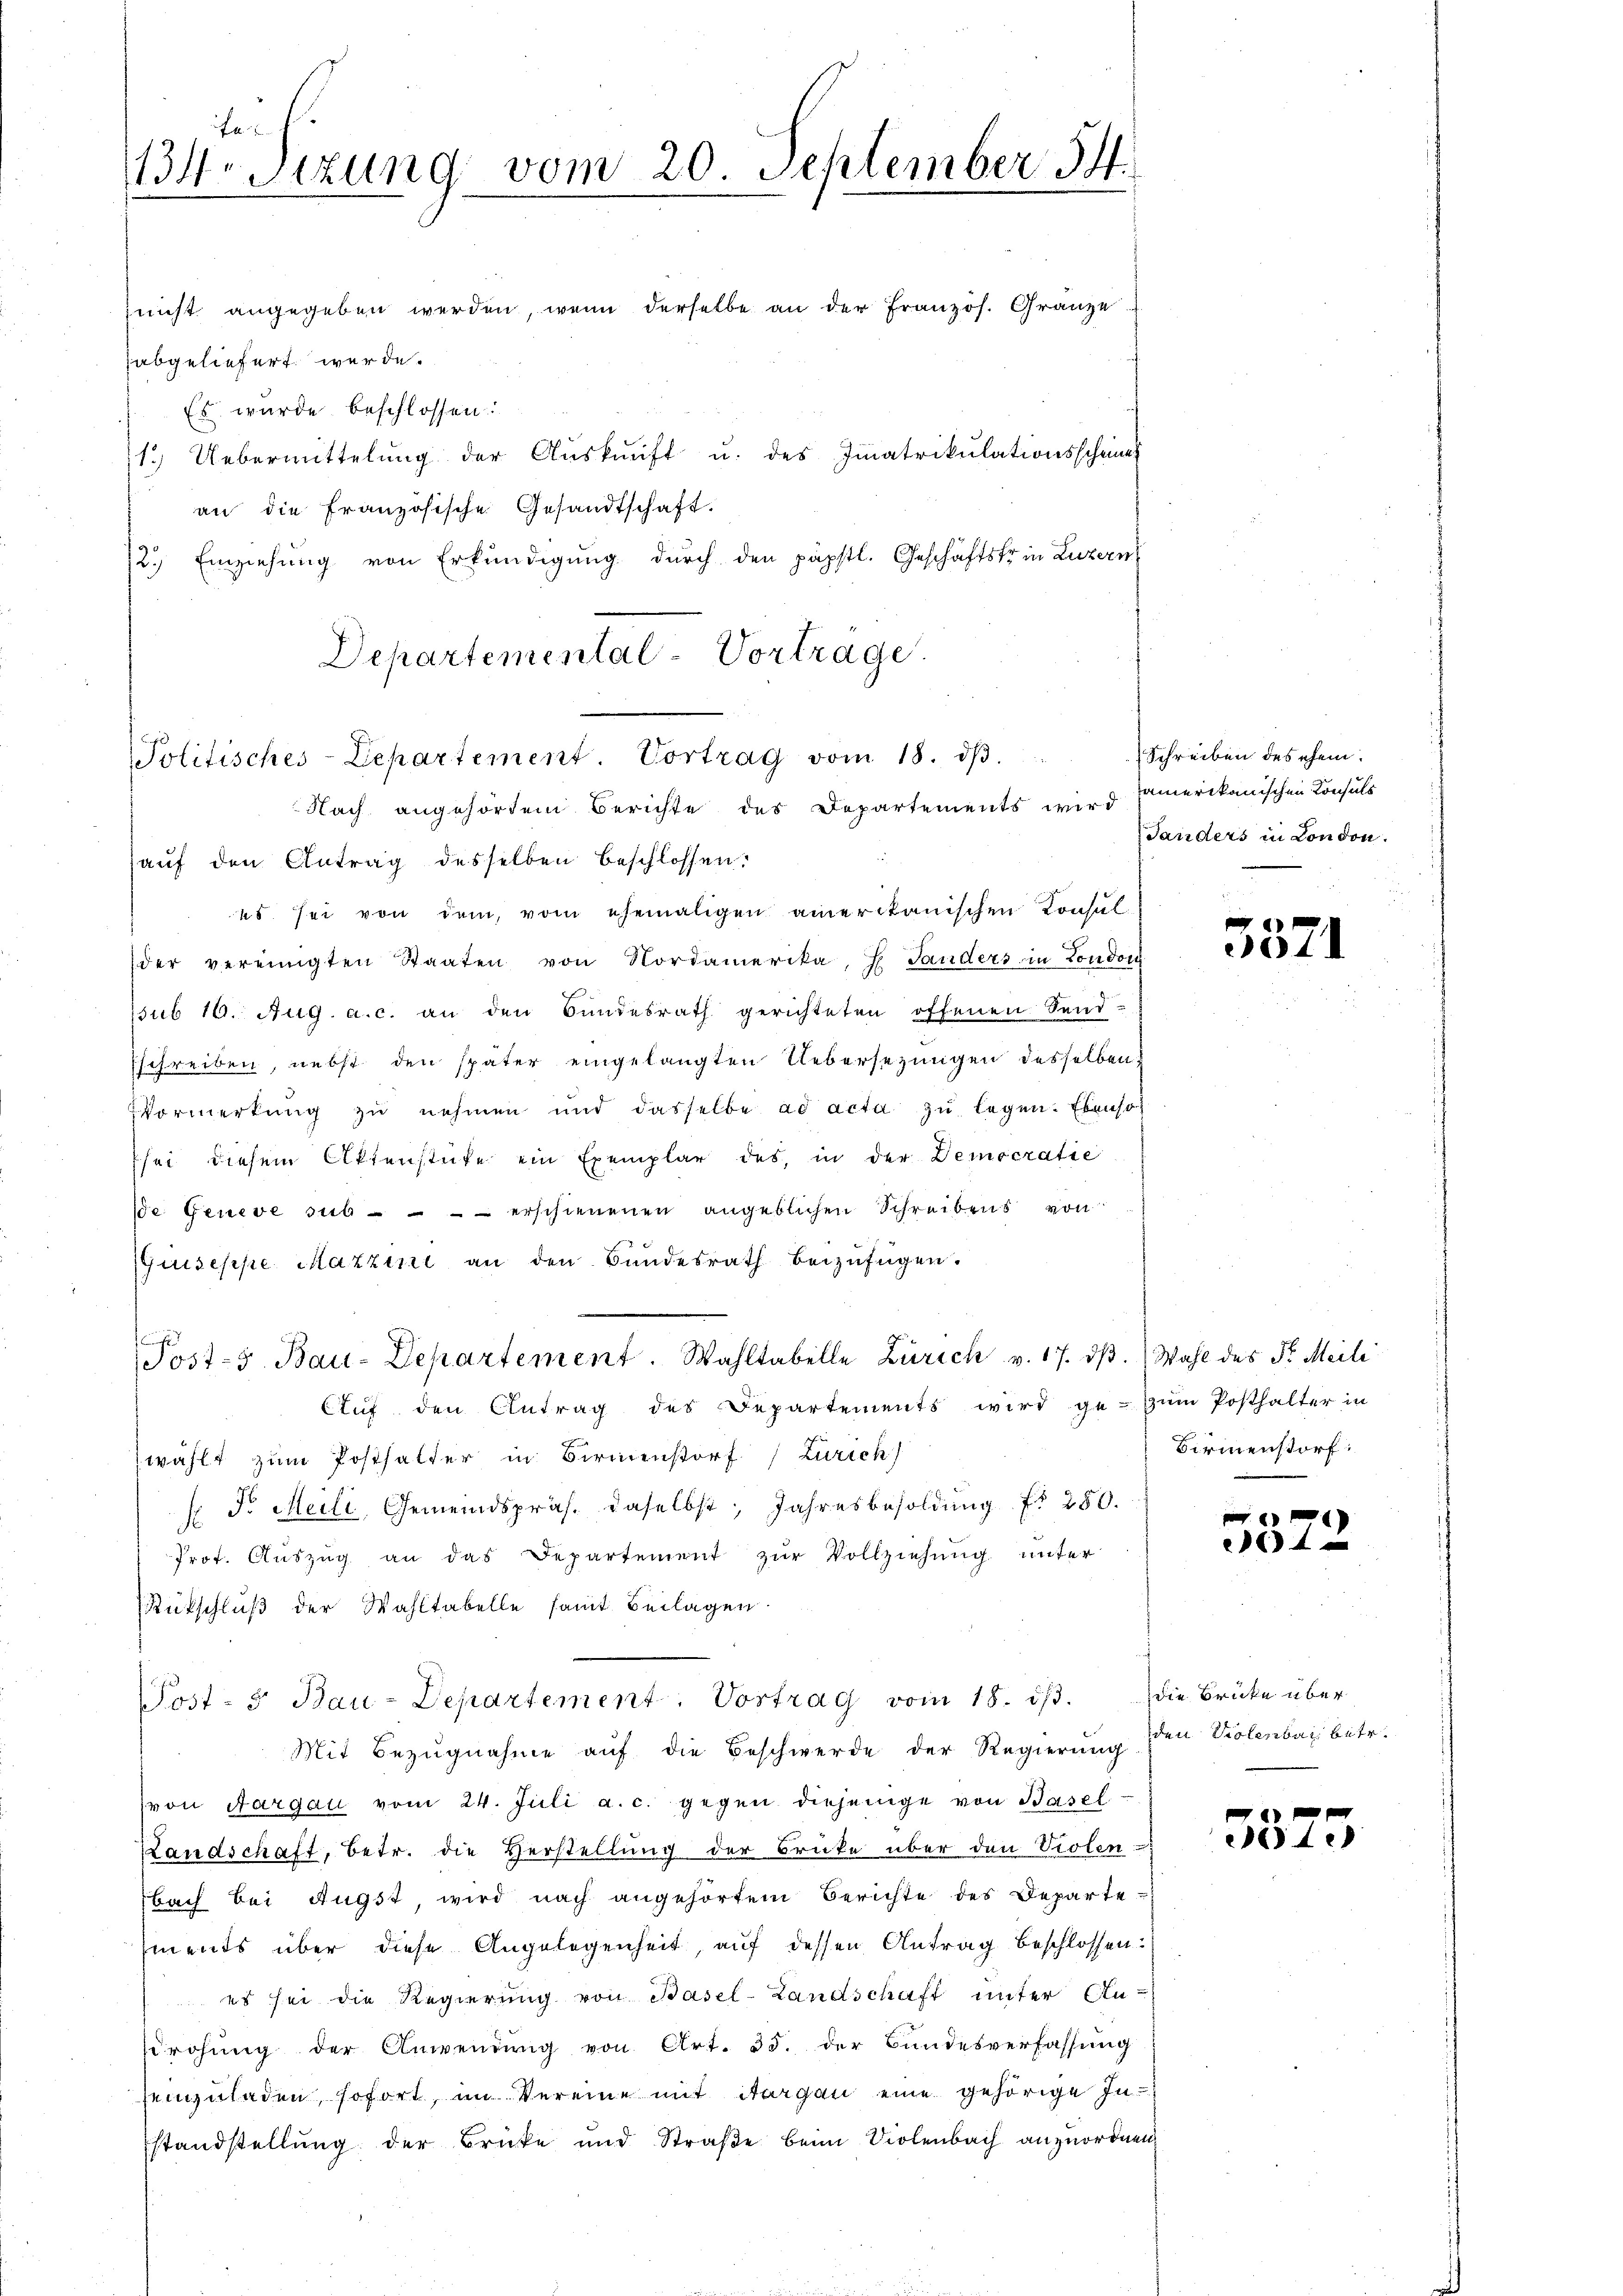
Ja
4r Sitzung vom 20. September 14.

nicht angegeben werden, wenn derselbe an der Französ. Gränze
abgeliefert werde.
Es wurde beschlossen:
1.) Uebermittelŭng der Aŭskŭnft u. des Immatrikulationsscheine
an die französische Gesandtschaft.
12.) Einziehung von Erkundigung durch den päpstl. Geschäftstrin Luzern
Departemental-Vortrage.
Politisches-Lepartement. Vortrag vom 18. dβ.
Nach angehörden Berichte des Departements wird
auf den Antrag desselben beschlossen:
es sei von dem vom ehemaligen amerikanischen Konsul
der vereinigten Staaten von Nordamerika, H. Tanders in London
ssub 10. Aug. a. c. an den Bŭndesrath gerichteten offenen Send-
sschreiben, nebst den später eingelangten Uebersezungen desselben
Vormerkŭng zŭ nehmen und dasselbe ad acta zŭ legen. Ebenso
sei diesem Aktenstüke ein Exemplar des, in der Democratie
se Geneve sub - - - - erschienenen angeblichen Schreibens von
Guiseppe, Mazzine an den Bundesrath beizufügen.
Post- 5. Bau-Departement. Wahltabelle Zürich v. 17. dβ. Wahl des Sr. Meili
Aŭf den Antrag des Departements wird ge- zum Posthalter in
wählt zum Posthalter in Birmenstorf (Zürich)
 Fr. Meili, Gemeindspräs. daselbst, Jahresbesoldung fr 250.
Prot. Aŭszŭg an das Departement zŭr Vollziehŭng unter
Rütschluß der Wahltabelle samt Beilagen
Post- 5. Bau-Departement. Vortrag vom 18. dβ. die Brücke über
Mit Bezugnahme auf die Beschwerde der Regierung den Violenbar betr.
von Aargau vom 24. Juli a. c. gegen diejenige von Basel
Landschaft, betr. die Herstellung der Brücke über den Violen
bach bei Augst, wird nach angehörtem Berichte des Departe
ments über diese Angelegenheit, auf dessen Antrag beschlossen:
 es sei die Regierung von Basel-Landschaft unter Ansrohung der Anwendung von Art. 35. der Bundesverfassung
seinzuladen, sofort, im Vereine mit Aargau eine gehörige Instandstellung der Brücke und Straße beim Violenbach anzuordnen,

Schreiben des ehem
amerikanischen Consuls
Sanders in London.

5571

Birmenstorf:

0 x
64

04.